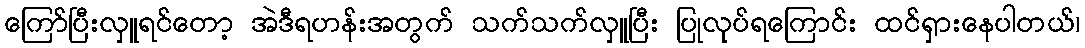
ကြော်ပြီးလှူရင်တော့ အဲဒီရဟန်းအတွက် သက်သက်လှူပြီး ပြုလုပ်ရကြောင်း ထင်ရှားနေပါတယ်၊